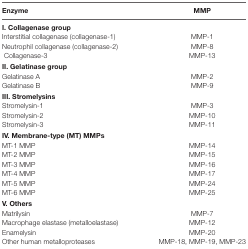
<table><thead><tr><td><b>Enzyme</b></td><td><b>MMP</b></td></tr></thead><tbody><tr><td colspan="2"><b>I. Collagenase group</b></td></tr><tr><td>Interstitial collagenase (collagenase-1)</td><td>MMP-1</td></tr><tr><td>Neutrophil collagenase (collagenase-2)</td><td>MMP-8</td></tr><tr><td> Collagenase-3</td><td>MMP-13</td></tr><tr><td colspan="2"><b>II. Gelatinase group</b></td></tr><tr><td>Gelatinase A</td><td>MMP-2</td></tr><tr><td>Gelatinase B</td><td>MMP-9</td></tr><tr><td colspan="2"><b>III. Stromelysins</b></td></tr><tr><td>Stromelysin-1</td><td>MMP-3</td></tr><tr><td>Stromelysin-2</td><td>MMP-10</td></tr><tr><td>Stromelysin-3</td><td>MMP-11</td></tr><tr><td colspan="2"><b>IV. Membrane-type (MT) MMPs</b></td></tr><tr><td>MT-1 MMP</td><td>MMP-14</td></tr><tr><td>MT-2 MMP</td><td>MMP-15</td></tr><tr><td>MT-3 MMP</td><td>MMP-16</td></tr><tr><td>MT-4 MMP</td><td>MMP-17</td></tr><tr><td>MT-5 MMP</td><td>MMP-24</td></tr><tr><td>MT-6 MMP</td><td>MMP-25</td></tr><tr><td colspan="2"><b>V. Others</b></td></tr><tr><td>Matrilysin</td><td>MMP-7</td></tr><tr><td>Macrophage elastase (metalloelastase)</td><td>MMP-12</td></tr><tr><td>Enamelysin</td><td>MMP-20</td></tr><tr><td>Other human metalloproteases</td><td>MMP-18, MMP-19, MMP-23</td></tr></tbody></table>